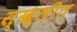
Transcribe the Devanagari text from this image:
स्ख्लीत